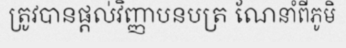
ត្រូវបានផ្តល់វិញ្ញាបនបត្រ ណែនាំពីភូមិ